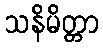
သနိမိတ္တာ